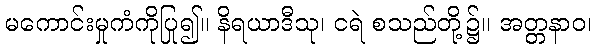
မကောင်းမှုကံကိုပြု၍။ နိရယာဒီသု၊ ငရဲ စသည်တို့၌။ အတ္တနာဝ၊